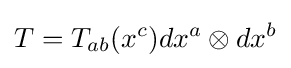
T=T_{ab}(x^{c})dx^{a}\otimes dx^{b}